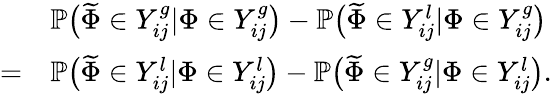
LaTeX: \begin{array}{rl}&{\mathbb{P}\big(\widetilde{\Phi}\in Y_{ij}^{g}|\Phi\in Y_{ij}^{g}\big)-\mathbb{P}\big(\widetilde{\Phi}\in Y_{ij}^{l}|\Phi\in Y_{ij}^{g}\big)}\\ {=}&{\mathbb{P}\big(\widetilde{\Phi}\in Y_{ij}^{l}|\Phi\in Y_{ij}^{l}\big)-\mathbb{P}\big(\widetilde{\Phi}\in Y_{ij}^{g}|\Phi\in Y_{ij}^{l}\big).}\end{array}